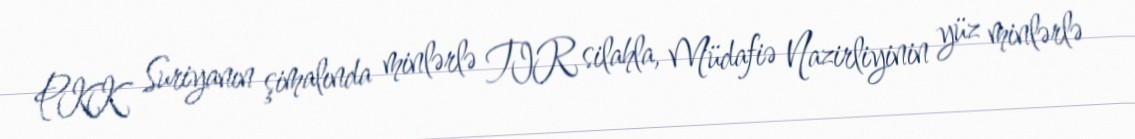
PKK Suriyanın şimalında minlərlə TIR silahla, Müdafiə Nazirliyinin yüz minlərlə